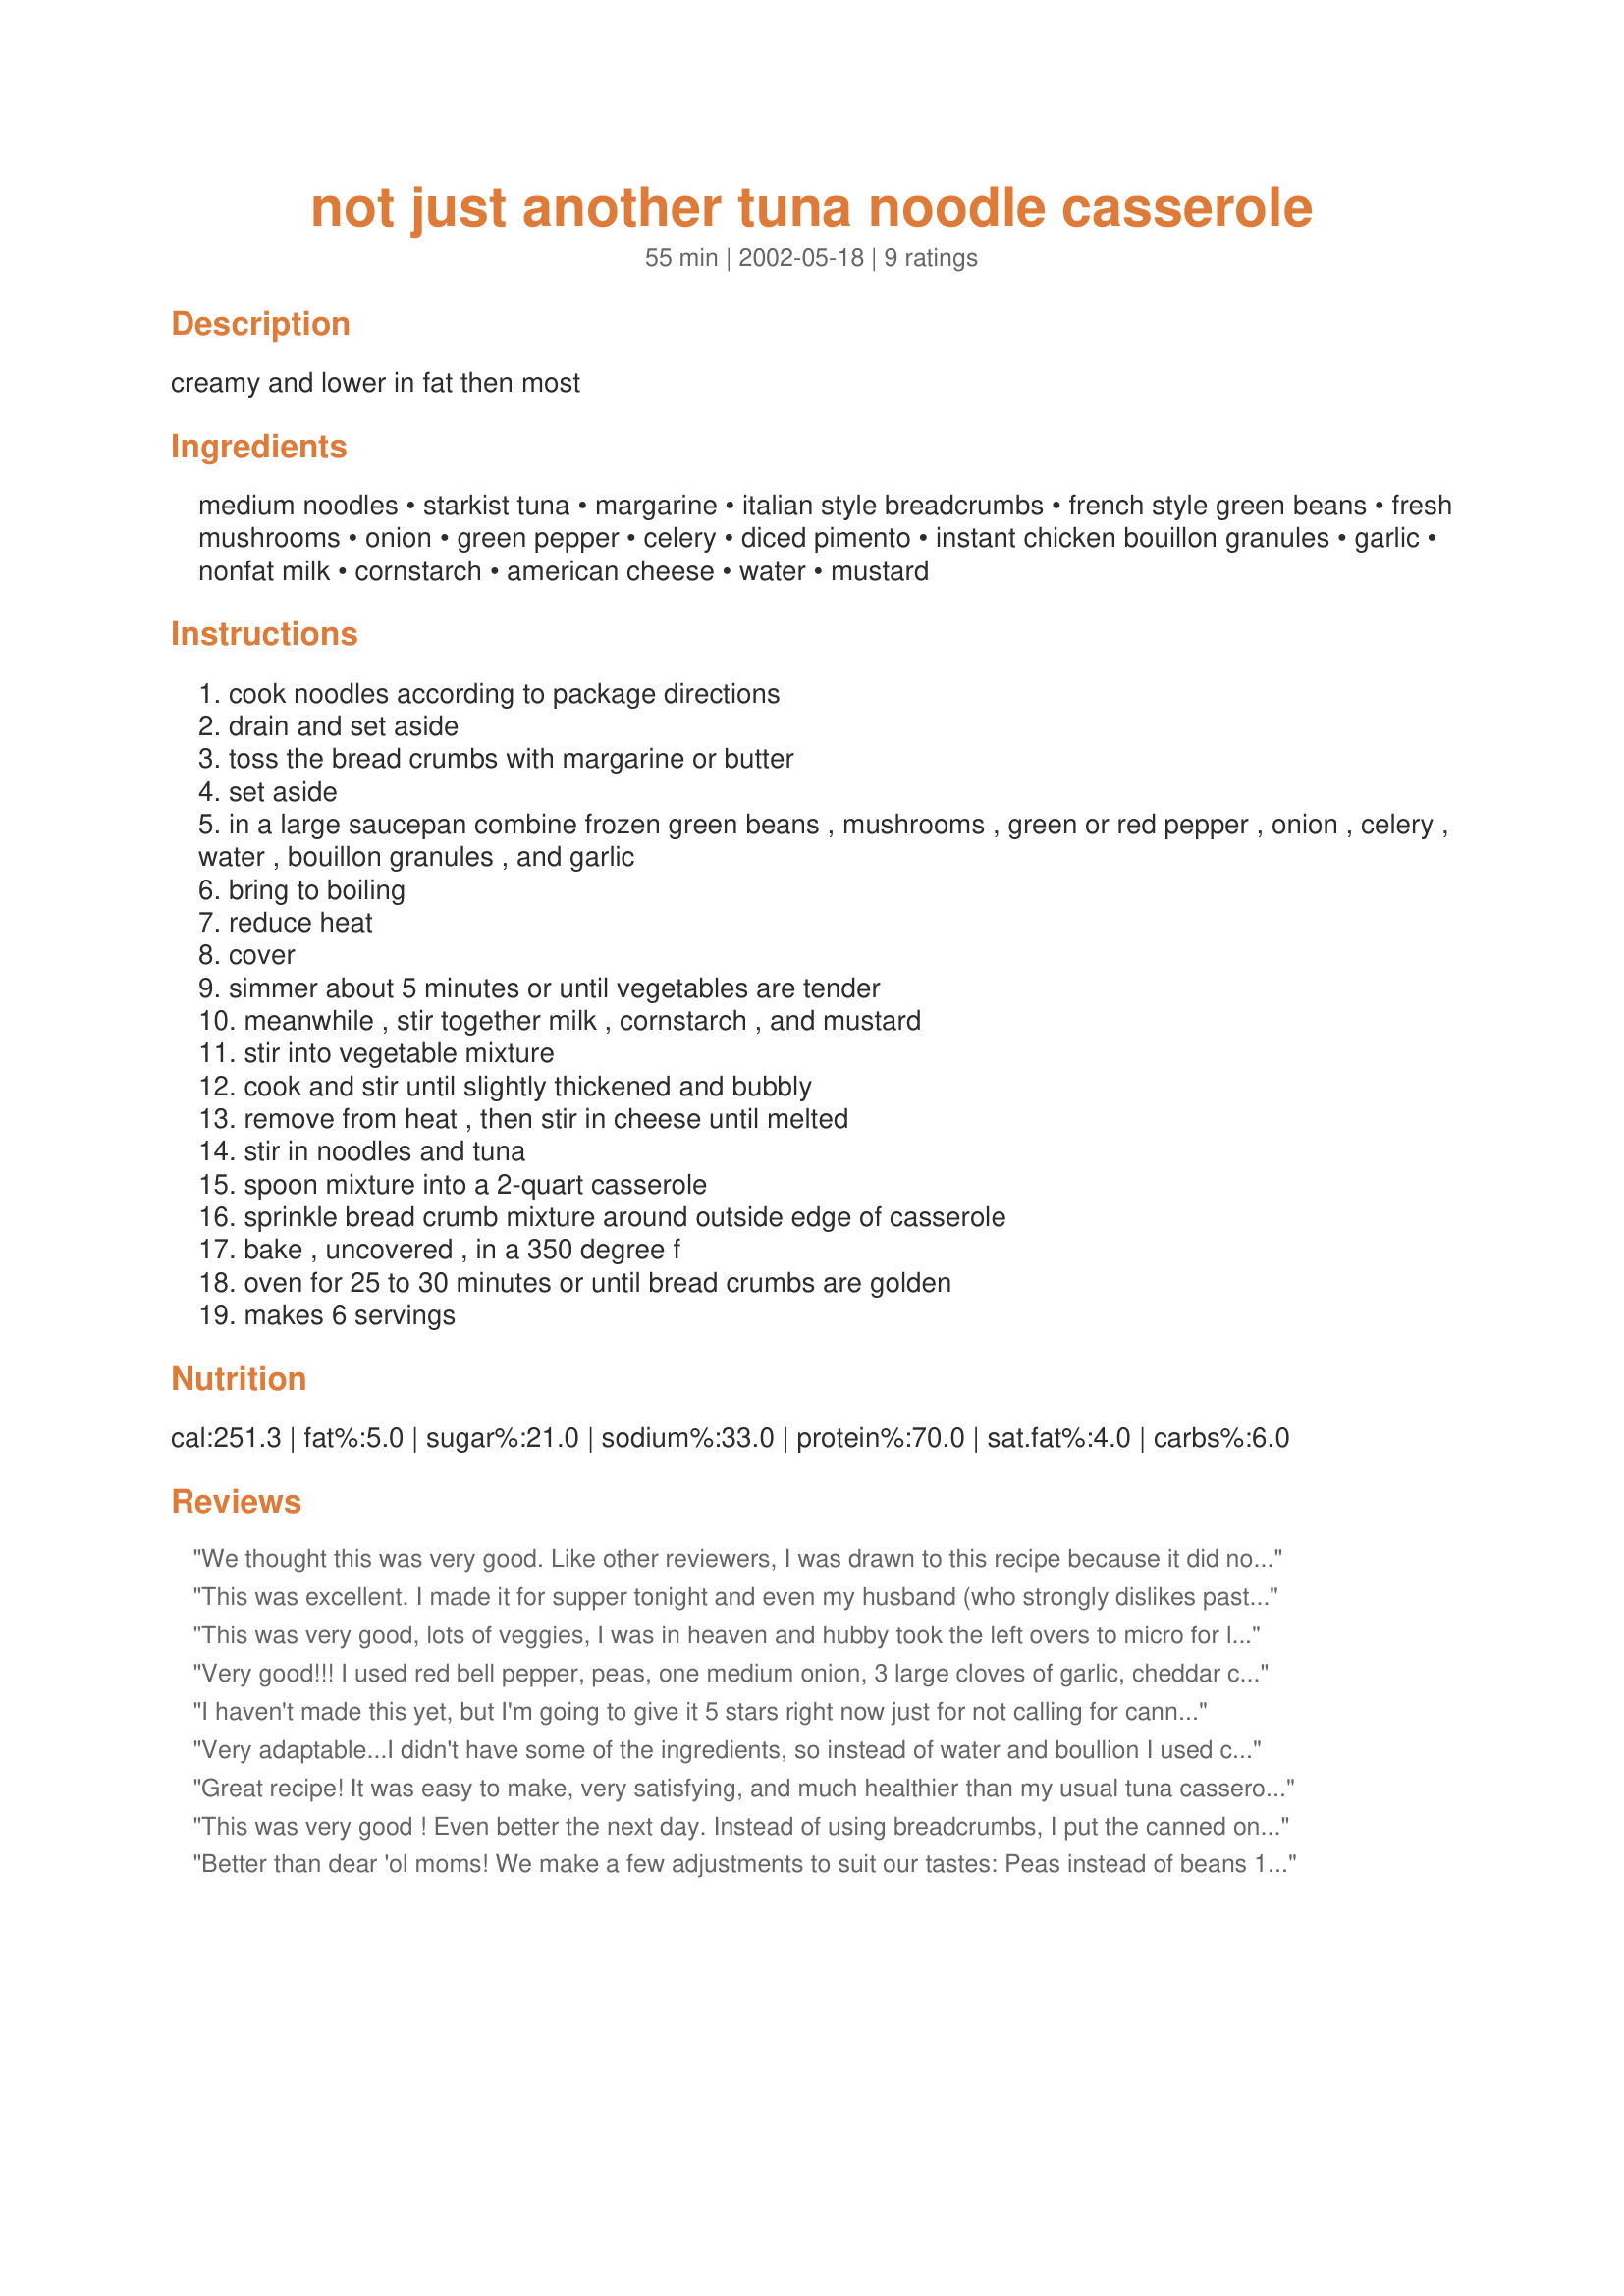
not just another tuna noodle casserole
Preparation time: 55 minutes

creamy and lower in fat then most

Ingredients:
medium noodles, starkist tuna, margarine, italian style breadcrumbs, french style green beans, fresh mushrooms, onion, green pepper, celery, diced pimento, instant chicken bouillon granules, garlic, nonfat milk, cornstarch, american cheese, water, mustard

Steps:
cook noodles according to package directions
drain and set aside
toss the bread crumbs with margarine or butter
set aside
in a large saucepan combine frozen green beans , mushrooms , green or red pepper , onion , celery , water , bouillon granules , and garlic
bring to boiling
reduce heat
cover
simmer about 5 minutes or until vegetables are tender
meanwhile , stir together milk , cornstarch , and mustard
stir into vegetable mixture
cook and stir until slightly thickened and bubbly
remove from heat , then stir in cheese until melted
stir in noodles and tuna
spoon mixture into a 2-quart casserole
sprinkle bread crumb mixture around outside edge of casserole
bake , uncovered , in a 350 degree f
oven for 25 to 30 minutes or until bread crumbs are golden
makes 6 servings

Reviews:
We thought this was very good. Like other reviewers, I was drawn to this recipe because it did not include the yucky condensed canned soups that other recipes call for. I try to avoid using those when I can. I didn't really measure much of anything, and other than that, I followed the recipe exactly. I had to use a large lasagna pan to bake it and after 30 minutes the breadcrumbs were golden and it was perfect. Oh, one substitution I made- I used canned chicken instead of tuna, as my husband detests canned tuna. Even my 1 year old loved it and cleaned his plate. This is a make again for us. Thanks for sharing the recipe.
This was excellent. I made it for supper tonight and even my husband (who strongly dislikes pasta of any kind) loved it. I used frozen mixed vegetables (peas, carrots, corn) as I didn't have any frozen green beans, and to be honest we don't really like frozen green beans anyways and insteaad of regular cheese I used half fat cheddar cheese. I also cut the recipe in half with excellent results. There is still enough leftover for lunch tommorrow. Thanks for a lovely tuna casserole that is delicious, yet low in fat!
This was very good, lots of veggies, I was in heaven and hubby took the left overs to micro for lunch at work. He usually opts for an Arby's.
Very good!!! I used red bell pepper, peas, one medium onion, 3 large cloves of garlic, cheddar cheese, and a little bit if cayenne with great results. I'll be making this often. Thanks for the recipe!
I haven't made this yet, but I'm going to give it 5 stars right now just for not calling for canned soup! I'm going to make tune casserole tonight because I've got some left over pasta and veggies to use and up and I bet I had to look through 20 recipes for tuna noodle casserole before I could find one that didn't call for nasty canned soup! thank you for posting. I will be making a few subsitutes but I'm sure this will work out perfect! Thanks!
Very adaptable...I didn't have some of the ingredients, so instead of water and boullion I used chicken broth (the kind in the aseptic box). I didn't have the pimento so I used Thai red chile & garlic sauce. I also added a dash or two of worcestershire to make up for some lost flavor with the absence of the boullion. Yummy!
Great recipe! It was easy to make, very satisfying, and much healthier than my usual tuna casserole. I used shredded cheddar instead of the processed cheese, otherwise I followed the recipe closely. Thanks for sharing this!
This was very good ! Even better the next day. Instead of using breadcrumbs, I put the canned onions on top about 10-minutes prior to taking it out of the oven. I think this really made the dish.
Better than dear 'ol moms! We make a few adjustments to suit our tastes:
Peas instead of beans
1 cup of chopped onions
3 cloves of garlic
Sharp cheddar - not processed
